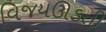
વિજયઊડતી